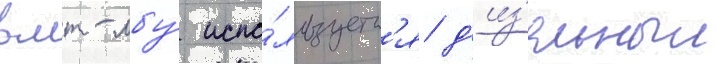
в мт-лбу́ испо́льзуетс'я д'из'ельныи